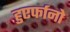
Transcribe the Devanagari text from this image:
हुएर्फानो